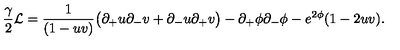
{ \frac { \gamma } { 2 } } { \cal L } = { \frac { 1 } { ( 1 - u v ) } } \bigl ( \partial _ { + } u \partial _ { - } v + \partial _ { - } u \partial _ { + } v \bigr ) - \partial _ { + } \phi \partial _ { - } \phi - e ^ { 2 \phi } ( 1 - 2 u v ) .